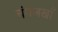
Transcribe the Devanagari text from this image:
चंगेजखाँ